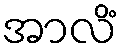
အာလိံ